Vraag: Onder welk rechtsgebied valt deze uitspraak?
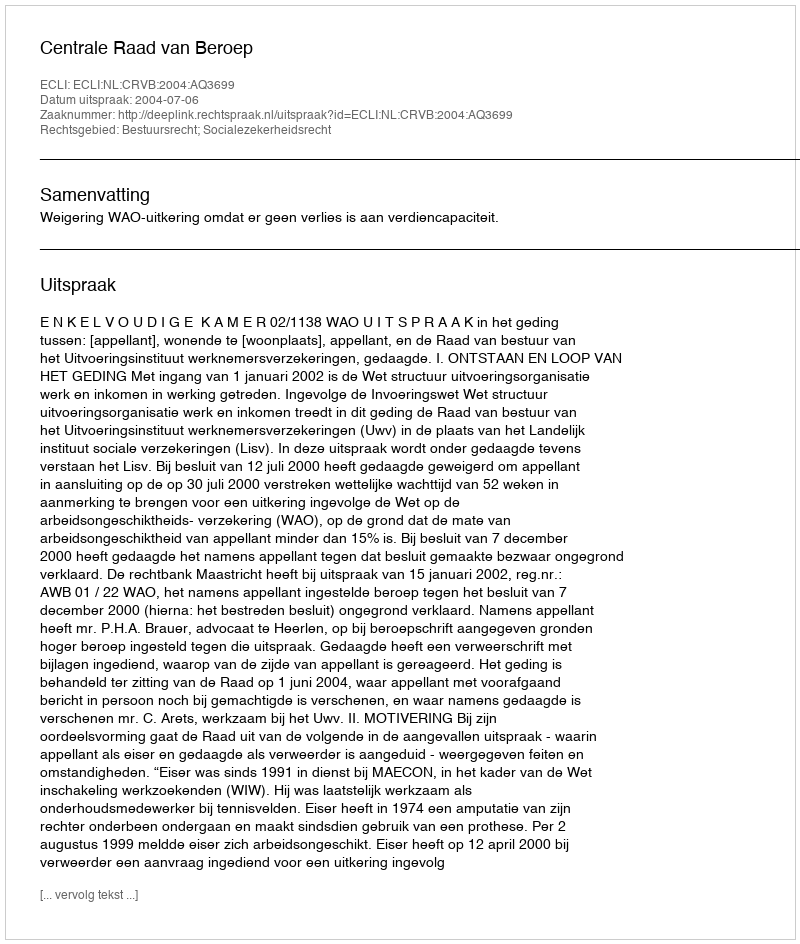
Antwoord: Bestuursrecht; Socialezekerheidsrecht